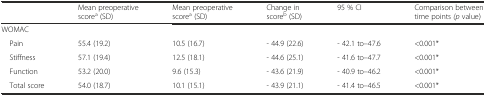
<table><thead><tr><td></td><td><b>Mean preoperative score<sup>a</sup> (SD)</b></td><td><b>Mean preoperative score<sup>a</sup> (SD)</b></td><td><b>Change in score<sup>b</sup> (SD)</b></td><td><b>95 % CI</b></td><td><b>Comparison between time points <i>(p</i> value)</b></td></tr></thead><tbody><tr><td>WOMAC</td><td></td><td></td><td></td><td></td><td></td></tr><tr><td> Pain</td><td>55.4 (19.2)</td><td>10.5 (16.7)</td><td>- 44.9 (22.6)</td><td>- 42.1 to–47.6</td><td>&lt;0.001*</td></tr><tr><td> Stiffness</td><td>57.1 (19.4)</td><td>12.5 (18.1)</td><td>- 44.6 (25.1)</td><td>- 41.6 to–47.7</td><td>&lt;0.001*</td></tr><tr><td> Function</td><td>53.2 (20.0)</td><td>9.6 (15.3)</td><td>- 43.6 (21.9)</td><td>- 40.9 to–46.2</td><td>&lt;0.001*</td></tr><tr><td> Total score</td><td>54.0 (18.7)</td><td>10.1 (15.1)</td><td>- 43.9 (21.1)</td><td>- 41.4 to–46.5</td><td>&lt;0.001*</td></tr></tbody></table>